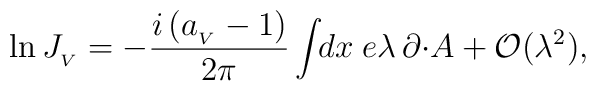
\ln J_{_V}=-\frac{i\,(a_{_V}-1)}{2\pi}\int\!\!dx\;e\lambda\,\partial\cdotp\!A +{\cal O}(\lambda^2),